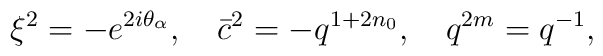
\xi^{2} = - e^{2i\theta_{\alpha}},\ \ \   \bar{c}^{2} = - q^{1+2n_{0}},\ \ \  q^{2m} = q^{-1},